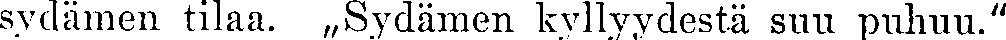
sydämen tilaa. ,,Sydämen kyllyydestä suu puhuu.''